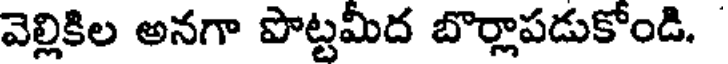
వెల్లికిల అనగా పొట్టమీద బొర్లాపడుకోండి.